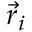
\vec { r } _ { i }